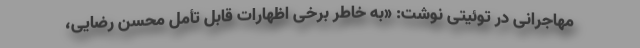
مهاجرانی در توئیتی نوشت: «به خاطر برخی اظهارات قابل تأمل محسن رضایی،